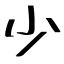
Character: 少